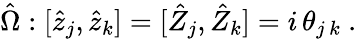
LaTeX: \hat{\Omega}:[\hat{z}_{j},\hat{z}_{k}]=[\hat{Z}_{j},\hat{Z}_{k}]=i\, \theta_{j\, k}~.